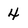
Character: 4